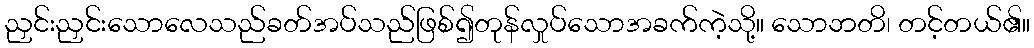
ညှင်းညှင်းသောလေသည်ခတ်အပ်သည်ဖြစ်၍တုန်လှုပ်သောအခက်ကဲ့သို့။ သောဘတိ၊ တင့်တယ်၏။